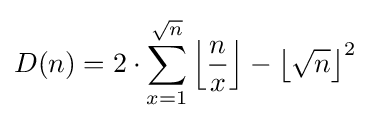
D(n)=2\cdot \sum _{x=1}^{\sqrt {n}}\left\lfloor {\frac {n}{x}}\right\rfloor -\left\lfloor {\sqrt {n}}\right\rfloor ^{2}